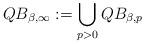
LaTeX: \begin{align*}QB_{\beta,\infty}:= \bigcup_{p>0} QB_{\beta,p}\end{align*}